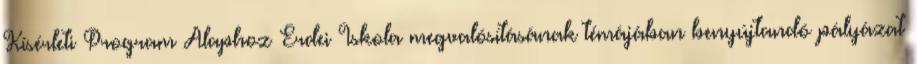
Kísérleti Program Alaphoz Erdei Iskola megvalósításának témájában benyújtandó pályázat